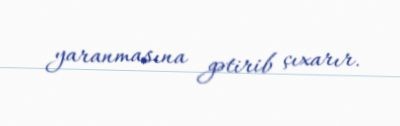
yaranmasına gətirib çıxarır.